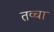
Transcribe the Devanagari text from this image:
तव्चा